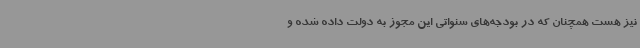
نیز هست همچنان که در بودجه‌های سنواتی این مجوز به دولت داده شده و